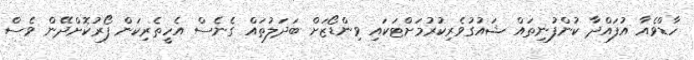
ހާޑްވެއާ އުފައްދާ ކުންފުނިތައް ޝައުގުވެރިކުރުމަށްޓަކައި ވިންޑޯޒަށް ބަދަލުތައް ގެނެސް އެހީތެރިކަން ފޯރުކޮށްދޭން ވެސް